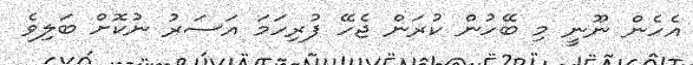
އެހެން ނޫނީ މި ބޭހުން ކުރަން ޖެހޭ ފުރިހަމަ އަސަރު ނުކޮށް ބަލިވެ